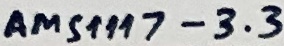
Text: AMS1117-3.3